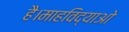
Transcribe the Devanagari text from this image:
है।माहविद्याओ